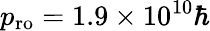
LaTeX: p_{\mathrm{ro}}=1.9\times 10^{10}\hbar